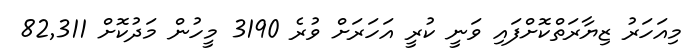
މިއަހަރު ޒިޔާރަތްކޮށްފައި ވަނީ ކުރީ އަހަރަށް ވުރެ 3190 މީހުން މަދުކޮށް 82